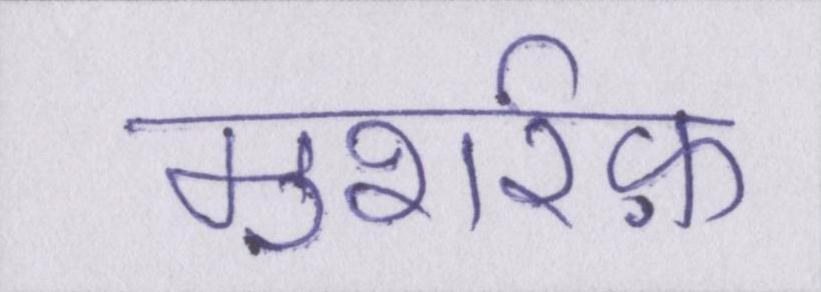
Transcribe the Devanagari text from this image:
मुशर्रफ़